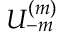
U _ { - m } ^ { ( m ) }